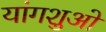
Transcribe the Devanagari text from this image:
यांगशुओ